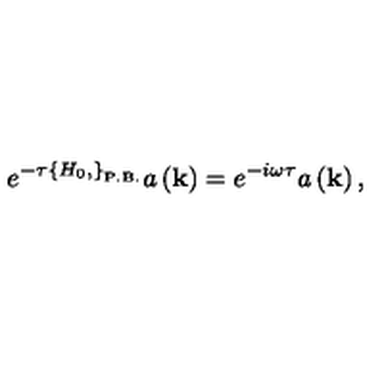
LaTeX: e ^ { - \tau \left\{ H _ { 0 } , \right\} _ { \mathrm { P . B . } } } a \left( { \bf k } \right) = e ^ { - i \omega \tau } a \left( { \bf k } \right) ,